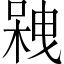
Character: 𠻇